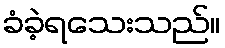
ခံခဲ့ရသေးသည်။